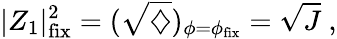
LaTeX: |Z_{1}|_{\mathrm{fix}}^{2}=(\sqrt{\diamondsuit})_{\phi=\phi_{\mathrm{fix}}}=\sqrt{J}\ ,